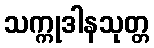
သက္ကုဒါနသုတ္တ